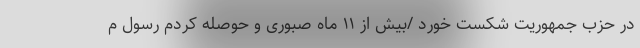
در حزب جمهوریت شکست خورد /بیش از ۱۱ ماه صبوری و حوصله کردم رسول م